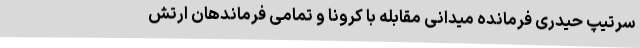
سرتیپ حیدری فرمانده میدانی مقابله با کرونا و تمامی فرماندهان ارتش